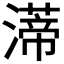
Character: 𤀐